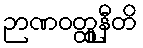
ဉာဏဝတ္ထူနီတိ